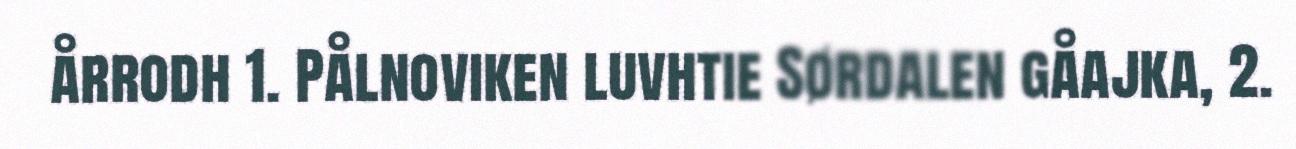
årrodh 1. Pålnoviken luvhtie Sørdalen gåajka, 2.